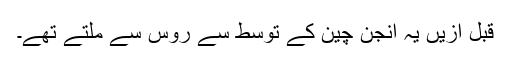
قبل ازیں یہ انجن چین کے توسط سے روس سے ملتے تھے۔